Papaver somniferum - Opium : an extract from the sixth volume of the Dictionary of Economic Products of India
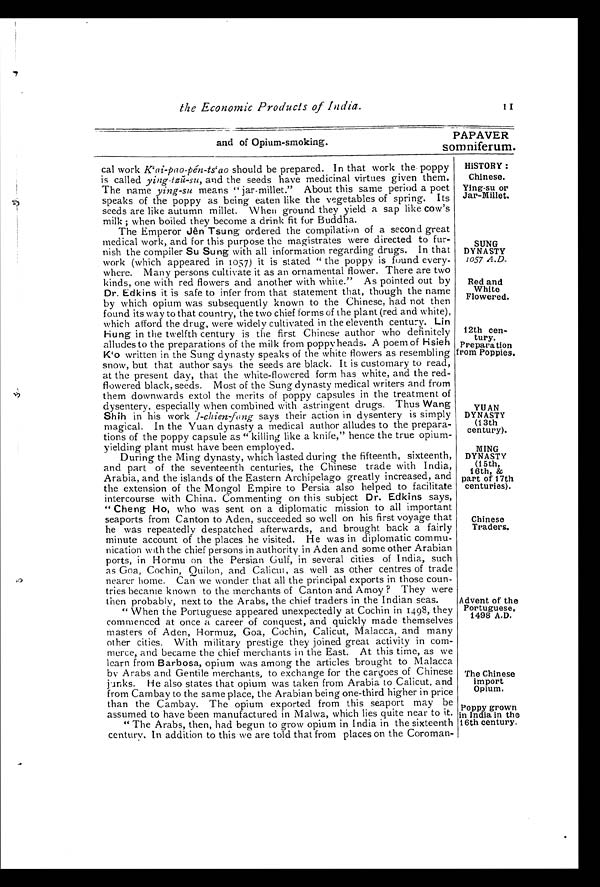
the Economic Products of India.
I I
and of Opium-smoking.
PAPAVER
somniferum.
HISTORY :
Chinese.
Ying-su or
Jar-Millet.
SUNG
DYNASTY
1057 A.D.
Red and
White
Flowered.
12th cen-
tury.
Preparation
from Poppies.
YUAN
DYNASTY
(13th
century).
MING
DYNASTY
(15th,
16th, &
part of 17th
centuries).
Chinese
Traders.
Advent of the
P Portuguese ,
1948 A.D.
The Chinese
import
Opium.
Poppy grown
in India in the
16th century.
cal work K`ai-pao-pén-ts'ao should be prepared. In that work the poppy
is called ying-tzǔ-su, arid the seeds have medicinal virtues given them.
The name ying-su means " jar-millet." About this same period a poet
speaks of the poppy as being eaten like the vegetables of spring. Its
seeds are like autumn millet. When ground they yield a sap like cow's
milk ; when boiled they become a drink fit fur Buddha.
The Emperor Jên Tsung ordered the compilation of a second great
medical work, and for this purpose the magistrates were directed to fur-
nish the compiler Su Sung with all information regarding drugs. In that
work (which appeared in 1057) it is stated " the poppy is found every-
where. Many persons cultivate it as an ornamental flower. There are two
kinds, one with red flowers and another with white." As pointed out by
Dr. Edkins it is safe to infer from that statement that, though the name
by which opium was subsequently known to the Chinese, had not then
found its way to that country, the two chief forms of the plant (red and white),
which afford the drug, were widely cultivated in the eleventh century. Lin
Hung in the twelfth century is the first Chinese author who definitely
alludes to the preparations of the milk from poppy heads. A poem of Hsieh
K`o written in the Sung dynasty speaks of the white flowers as resembling
snow, but that author says the seeds are black. It is customary to read,
at the present day, that the white-flowered form has white, and the red-
flowered black, seeds. Most of the Sung dynasty medical writers and from
them downwards extol the merits of poppy capsules in the treatment of
dysentery, especially when combined with astringent drugs. Thus Wang
Shih in his work I-chien-fang says their action in dysentery is simply
magical. In the Yuan dynasty a medical author alludes to the prepara-
tions of the poppy capsule as " killing like a knife," hence the true opium-
yielding plant must have been employed.
During the Ming dynasty, which lasted during the fifteenth, sixteenth,
and part of the seventeenth centuries, the Chinese trade with India,
Arabia, and the islands of the Eastern Archipelago greatly increased, and
the extension of the Mongol Empire to Persia also helped to facilitate
intercourse with China. Commenting on this subject Dr. Edkins says,
" Cheng Ho, who was sent on a diplomatic mission to all important
seaports from Canton to Aden, succeeded so well on his first voyage that
he was repeatedly despatched afterwards, and brought back a fairly
minute account of the places he visited. He was in diplomatic commu-
nication with the chief persons in authority in Aden and some other Arabian
ports, in Hormu on the Persian Gulf, in several cities of India, such
as Goa, Cochin, Quilon, and Calicut, as well as other centres of trade
nearer home. Can we wonder that all the principal exports in those coun-
tries became known to the merchants of Canton and Amoy ? They were
then probably, next to the Arabs, the chief traders in the Indian seas.
" When the Portuguese appeared unexpectedly at Cochin in 1498, they
commenced at once a career of conquest, and quickly made themselves
masters of Aden, Hormuz, Goa, Cochin, Calicut, Malacca, and many
other cities. With military prestige they joined great activity in com-
merce, and became the chief merchants in the East. At this time, as we
learn from Barbosa, opium was among the articles brought to Malacca
by Arabs and Gentile merchants, to exchange for the cargoes of Chinese
junks. He also states that opium was taken from Arabia to Calicut, and
from Cambay to the same place, the Arabian being one-third higher in price
than the Cambay. The opium exported from this seaport may be
assumed to have been manufactured in Malwa, which lies quite near to it.
" The Arabs, then, had begun to grow opium in India in the sixteenth
century. In addition to this we are told that from places on the Coroman-